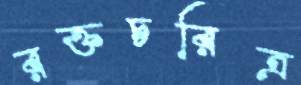
রক্তচরিত্র